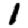
Digit: 1